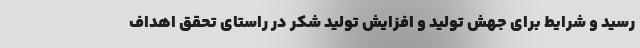
رسید و شرایط برای جهش تولید و افزایش تولید شکر در راستای تحقق اهداف